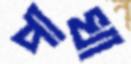
পাখা